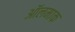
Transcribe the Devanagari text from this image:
ऑलमाक